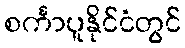
စင်္ကာပူနိုင်ငံတွင်